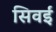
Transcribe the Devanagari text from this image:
सिवईं